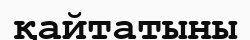
қайтатыны